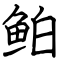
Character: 鲌